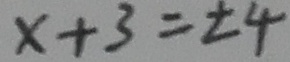
x + 3 = \pm 4